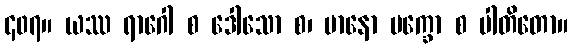
၄၀၇။ ယဿ ရာဂေါ စ ဒေါသော စ၊ မာနော မက္ခော စ ပါတိတော။